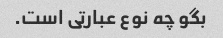
بگو چه نوع عبارتی است.